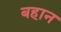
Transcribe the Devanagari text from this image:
बहान